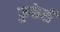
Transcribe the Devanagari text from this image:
फुफेरी